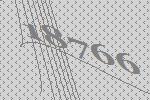
18766